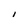
Character: I